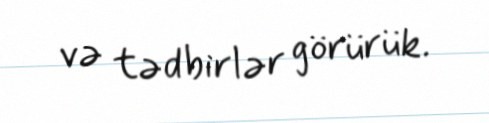
və tədbirlər görürük.